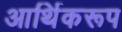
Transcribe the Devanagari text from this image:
आर्थिकरूप